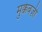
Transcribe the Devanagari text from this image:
मुक्केबज़ी